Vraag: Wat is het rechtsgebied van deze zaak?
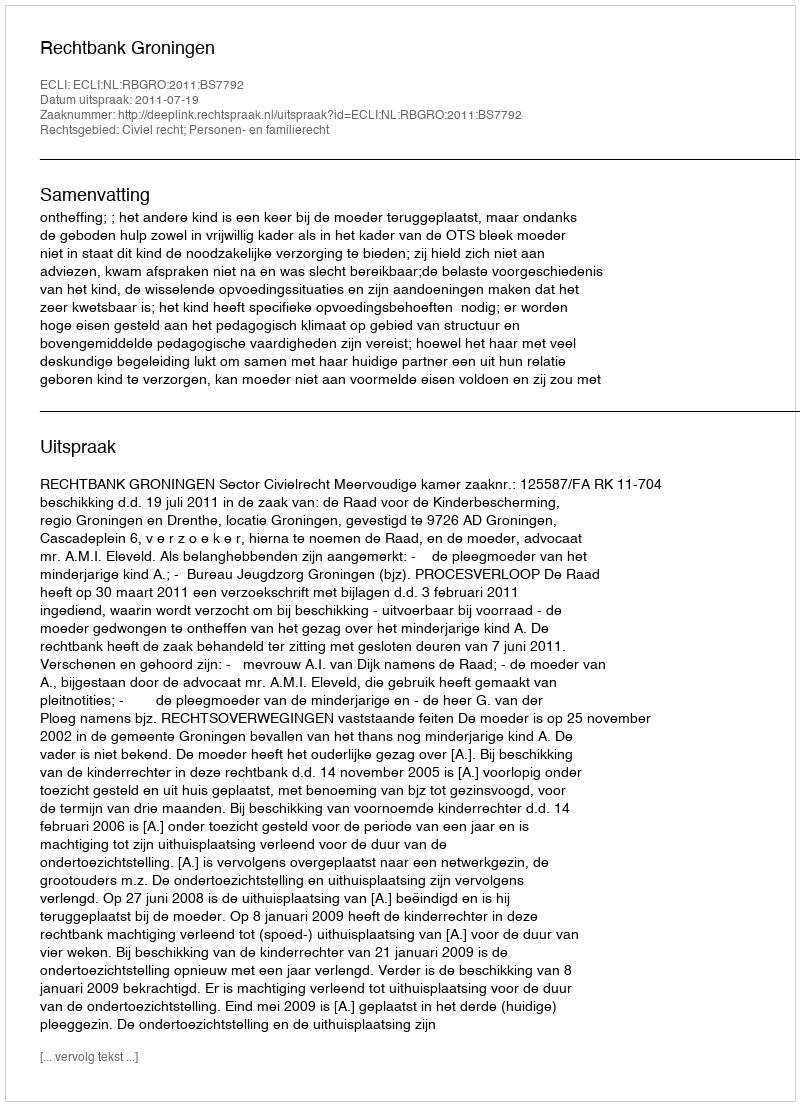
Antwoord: Civiel recht; Personen- en familierecht